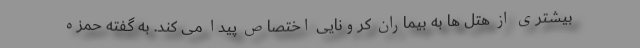
بیشتری از هتل ها به بیماران کرونایی اختصاص پیدا می کند. به گفته حمزه